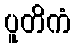
ပူတိကံ